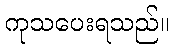
ကုသပေးရသည်။